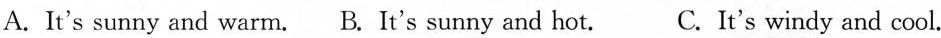
A. It's sunny and warm.B.It's sunny and hot. C.It's windy and cool.